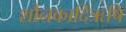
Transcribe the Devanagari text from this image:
शौनकादिऋषि